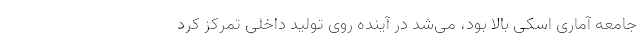
جامعه آماری اسکی بالا بود، می‌شد در آینده روی تولید داخلی تمرکز کرد